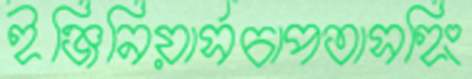
ইঞ্জিনিয়ার্সচাপতাসহিং